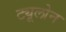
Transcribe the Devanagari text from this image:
ट्यूलोन